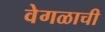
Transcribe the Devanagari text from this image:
वेगळाची